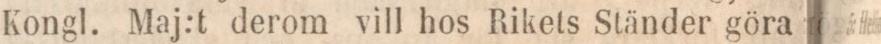
Kongl. Maj:t derom vill hos Rikets Ständer göra